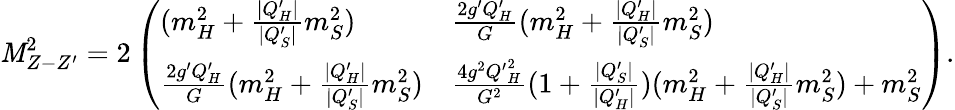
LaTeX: \mathit{M}_{Z-Z^{\prime}}^{2}=2\left(\begin{array}{ll}{{(m_{H}^{2}+{\frac{|Q_{H}^{\prime}|}{|Q_{S}^{\prime}|}}m_{S}^{2})}}&{{{\frac{2g^{\prime}Q_{H}^{\prime}}{G}}(m_{H}^{2}+{\frac{|Q_{H}^{\prime}|}{|Q_{S}^{\prime}|}}m_{S}^{2})}}\\ {{{\frac{2g^{\prime}Q_{H}^{\prime}}{G}}(m_{H}^{2}+{\frac{|Q_{H}^{\prime}|}{|Q_{S}^{\prime}|}}m_{S}^{2})}}&{{{\frac{4g^{2}{Q^{\prime}}_{H}^{2}}{G^{2}}}(1+{\frac{|Q_{S}^{\prime}|}{|Q_{H}^{\prime}|}})(m_{H}^{2}+{\frac{|Q_{H}^{\prime}|}{|Q_{S}^{\prime}|}}m_{S}^{2})+m_{S}^{2}}}\end{array}\right).